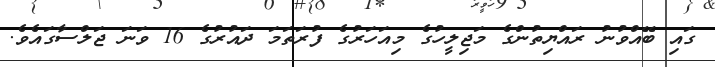
ގައި ބޭއްވުނު ރައްޔިތުންގެ މަޖިލީހުގެ މިއަހަރުގެ ފުރަތަމަ ދައުރުގެ 16 ވަނަ ޖަލްސާގައެވެ.